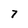
Character: 7